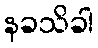
နခသိခါ